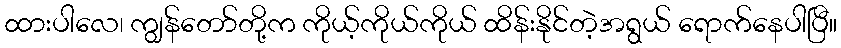
ထားပါလေ၊ ကျွန်တော်တို့က ကိုယ့်ကိုယ်ကိုယ် ထိန်းနိုင်တဲ့အရွယ် ရောက်နေပါပြီ။